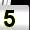
Digit: 5